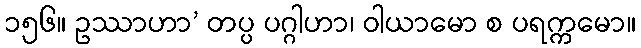
၁၅၆။ ဥဿာဟာ’ တပ္ပ ပဂ္ဂါဟာ၊ ဝါယာမော စ ပရက္ကမော။